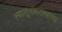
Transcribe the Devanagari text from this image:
त्यातुनकरण्याचा